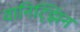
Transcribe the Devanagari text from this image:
वानिट्झिन